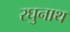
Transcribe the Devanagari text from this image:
रघुनाथ